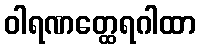
ဝါရဏတ္ထေရဂါထာ